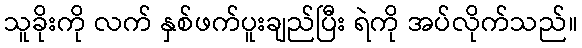
သူခိုးကို လက် နှစ်ဖက်ပူးချည်ပြီး ရဲကို အပ်လိုက်သည်။